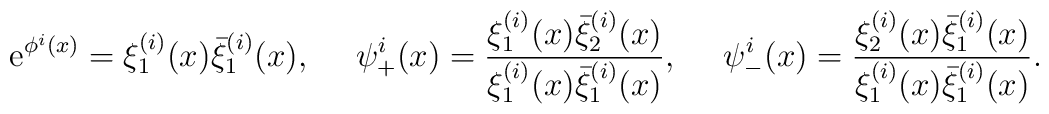
{\rm e}^{\phi^i (x)} = \xi_1^{(i)}(x) \bar{\xi}_1^{(i)}(x),{}~~~~\psi_+^i(x) = \frac{\xi_1^{(i)}(x) \bar{\xi}_2^{(i)}(x)}{\xi_1^{(i)}(x)\bar{\xi}_1^{(i)}(x)},{}~~~~\psi_-^i(x) = \frac{\xi_2^{(i)}(x) \bar{\xi}_1^{(i)}(x)}{\xi_1^{(i)}(x)\bar{\xi}_1^{(i)}(x)}.